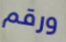
ورقم